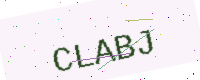
Text: CLABJ